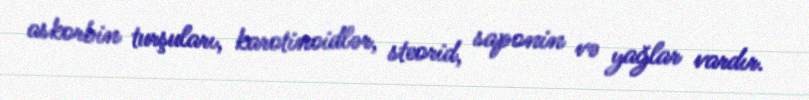
askorbin turşuları, karotinoidlər, steorid, saponin və yağlar vardır.